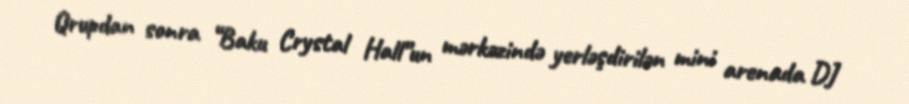
Qrupdan sonra “Baku Crystal Hall”un mərkəzində yerləşdirilən mini arenada DJ